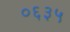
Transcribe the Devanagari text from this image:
०६३५